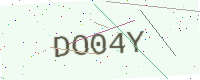
Text: DO04Y